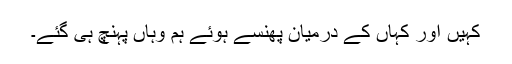
کہیں اور کہاں کے درمیان پھنسے ہوئے ہم وہاں پہنچ ہی گئے۔